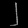
Digit: ၂